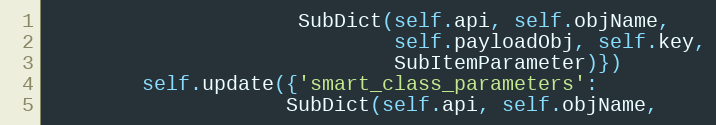
Language: Python
                     SubDict(self.api, self.objName,
                             self.payloadObj, self.key,
                             SubItemParameter)})
        self.update({'smart_class_parameters':
                    SubDict(self.api, self.objName,